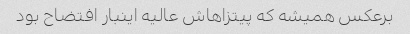
برعکس همیشه که پیتزاهاش عالیه اینبار افتضاح بود